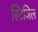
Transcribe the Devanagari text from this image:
स्टिजिल